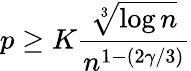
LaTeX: p\ge K\frac{\sqrt[3]{\log n}}{n^{1-(2\gamma/3)}}